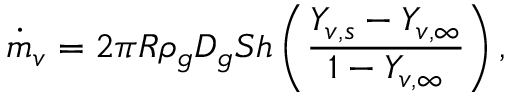
\dot { m } _ { v } = 2 \pi R \rho _ { g } D _ { g } S h \left( \frac { Y _ { v , s } - Y _ { v , \infty } } { 1 - Y _ { v , \infty } } \right) ,